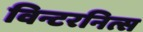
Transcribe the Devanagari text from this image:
विन्टरनित्स